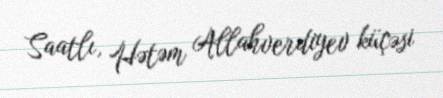
Saatlı, Hətəm Allahverdiyev küçəsi